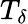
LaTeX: T_{\delta}